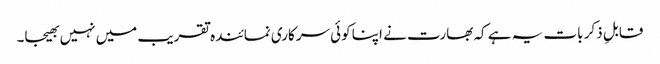
قابلِ ذکر بات یہ ہے کہ بھارت نے اپنا کوئی سرکاری نمائندہ تقریب میں نہیں بھیجا۔